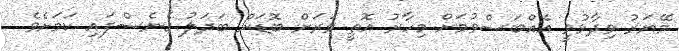
މޭޔަރު ވިދާޅުވީ އެއްބަސްވުމަށް މިހާރު އޮތީ ވަރަށް ބޮޑަށް ބަދަލު ގެނެސްފައި ކަމަށެވެ.